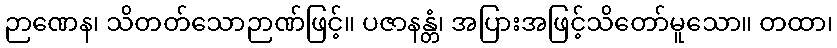
ဉာဏေန၊ သိတတ်သောဉာဏ်ဖြင့်။ ပဇာနန္တံ၊ အပြားအဖြင့်သိတော်မူသော။ တထာ၊